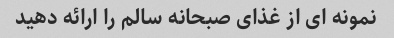
نمونه ای از غذای صبحانه سالم را ارائه دهید